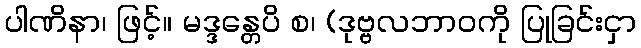
ပါဏိနာ၊ ဖြင့်။ မဒ္ဒန္တေပိ စ၊ (ဒုဗ္ဗလဘာဝကို ပြုခြင်းငှာ